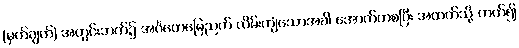
(မှတ်ချက်) အတွင်းဘက်၌ အင်္ဂတေမြေညက် လိမ်းကျံသောအခါ အောက်ကစပြီး အထက်သို့ တက်၍